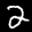
Label: 2